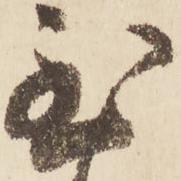
至